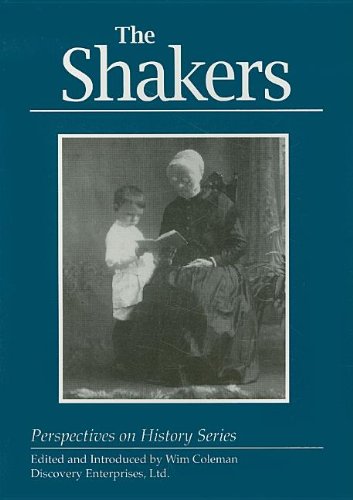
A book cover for Shakers (Perspectives on History); Christian Books & Bibles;